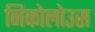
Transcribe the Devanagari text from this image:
निकोलोउस